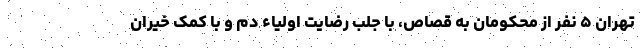
تهران ۵ نفر از محکومان به قصاص، با جلب رضایت اولیاء دم و با کمک خیران